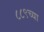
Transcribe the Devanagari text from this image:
८८९च्या